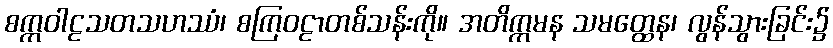
စက္ကဝါဠသတသဟဿံ၊ စကြဝဠာတစ်သန်းကို။ အတိက္ကမန သမတ္ထေန၊ လွန်သွားခြင်း၌